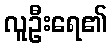
လူဦးရေ၏